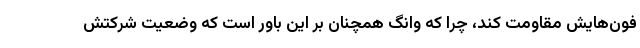
فون‌هایش مقاومت کند، چرا که وانگ همچنان بر این باور است که وضعیت شرکتش